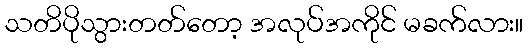
သတိပိုသွားတတ်တော့ အလုပ်အကိုင် မခက်လား။